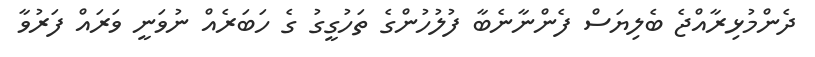
ދެންމުޅިރާއްޖެ ބެލިޔަސް ފެންނާނެބާ ފުލުހުންގެ ތަހުގީގު ގެ ހަބަރެއް ނުވަނީ ވަރައް ފަރުވާ